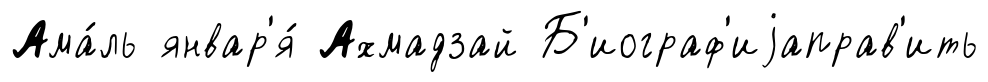
Ама́ль январ'я́ Ахмадзай Б'иограф'иjаправ'ить